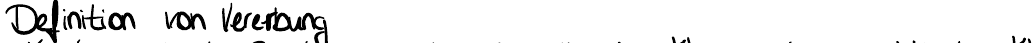
Definition von Vererbung